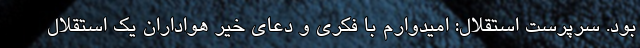
بود. سرپرست استقلال: امیدوارم با فکری و دعای خیر هواداران یک استقلال